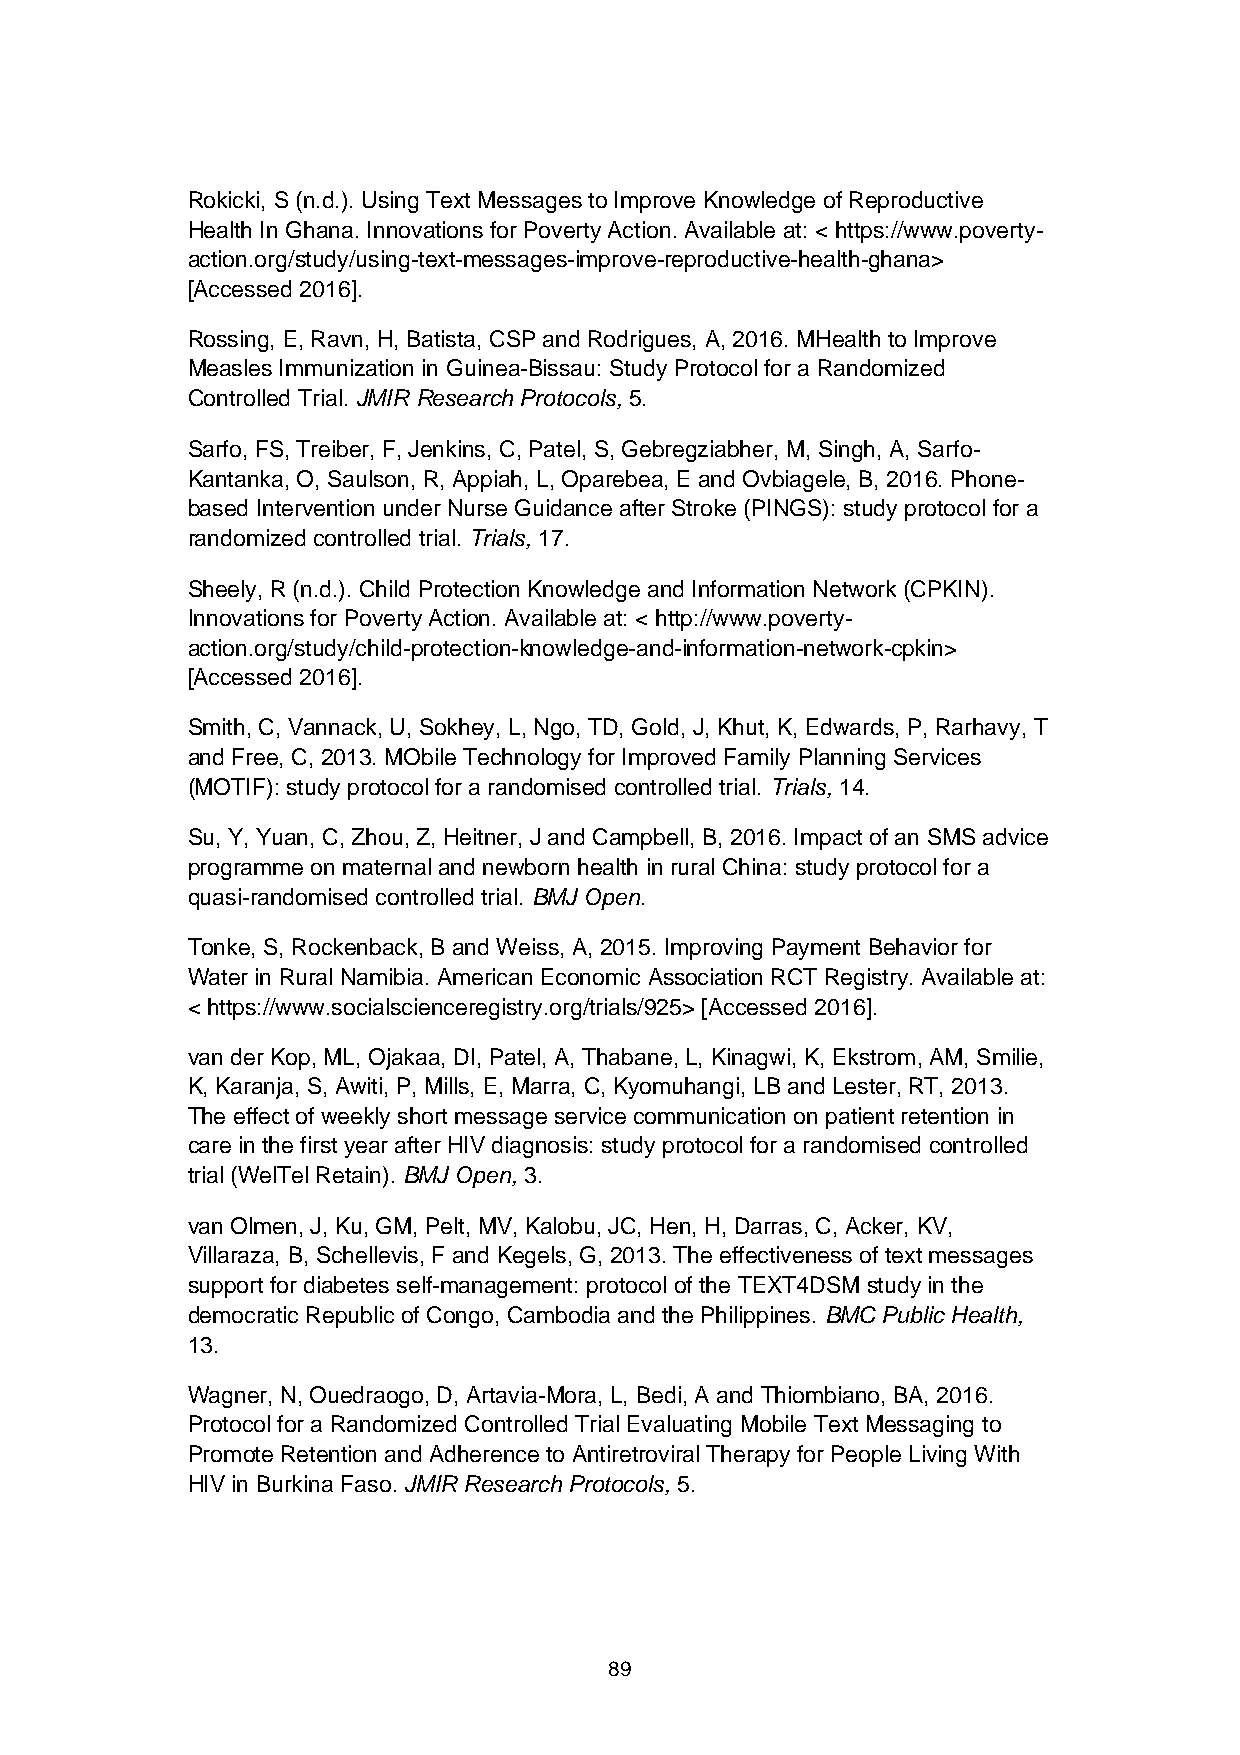
Rokicki, S (n.d.). Using Text Messages to Improve Knowledge of Reproductive
 Health In Ghana. Innovations for Poverty Action. Available at: < https://www.poverty-
 action.org/study/using-text-messages-improve-reproductive-health-ghana>
 [Accessed 2016].
 Rossing, E, Ravn, H, Batista, CSP and Rodrigues, A, 2016. MHealth to Improve
 Measles Immunization in Guinea-Bissau: Study Protocol for a Randomized
 Controlled Trial. JMIR Research Protocols, 5.
 Sarfo, FS, Treiber, F, Jenkins, C, Patel, S, Gebregziabher, M, Singh, A, Sarfo-
 Kantanka, O, Saulson, R, Appiah, L, Oparebea, E and Ovbiagele, B, 2016. Phone-
 based Intervention under Nurse Guidance after Stroke (PINGS): study protocol for a
 randomized controlled trial. Trials, 17.
 Sheely, R (n.d.). Child Protection Knowledge and Information Network (CPKIN).
 Innovations for Poverty Action. Available at: < http://www.poverty-
 action.org/study/child-protection-knowledge-and-information-network-cpkin>
 [Accessed 2016].
 Smith, C, Vannack, U, Sokhey, L, Ngo, TD, Gold, J, Khut, K, Edwards, P, Rarhavy, T
 and Free, C, 2013. MObile Technology for Improved Family Planning Services
 (MOTIF): study protocol for a randomised controlled trial. Trials, 14.
 Su, Y, Yuan, C, Zhou, Z, Heitner, J and Campbell, B, 2016. Impact of an SMS advice
 programme on maternal and newborn health in rural China: study protocol for a
 quasi-randomised controlled trial. BMJ Open.
 Tonke, S, Rockenback, B and Weiss, A, 2015. Improving Payment Behavior for
 Water in Rural Namibia. American Economic Association RCT Registry. Available at:
 < https://www.socialscienceregistry.org/trials/925> [Accessed 2016].
 van der Kop, ML, Ojakaa, DI, Patel, A, Thabane, L, Kinagwi, K, Ekstrom, AM, Smilie,
 K, Karanja, S, Awiti, P, Mills, E, Marra, C, Kyomuhangi, LB and Lester, RT, 2013.
 The effect of weekly short message service communication on patient retention in
 care in the first year after HIV diagnosis: study protocol for a randomised controlled
 trial (WelTel Retain). BMJ Open, 3.
 van Olmen, J, Ku, GM, Pelt, MV, Kalobu, JC, Hen, H, Darras, C, Acker, KV,
 Villaraza, B, Schellevis, F and Kegels, G, 2013. The effectiveness of text messages
 support for diabetes self-management: protocol of the TEXT4DSM study in the
 democratic Republic of Congo, Cambodia and the Philippines. BMC Public Health,
 13.
 Wagner, N, Ouedraogo, D, Artavia-Mora, L, Bedi, A and Thiombiano, BA, 2016.
 Protocol for a Randomized Controlled Trial Evaluating Mobile Text Messaging to
 Promote Retention and Adherence to Antiretroviral Therapy for People Living With
 HIV in Burkina Faso. JMIR Research Protocols, 5.
 89